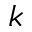
k